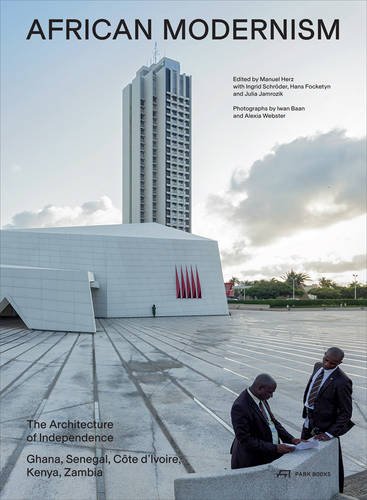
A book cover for African Modernism: The Architecture of Independence. Ghana, Senegal, CÃ´te d'Ivoire, Kenya, Zambia; Arts & Photography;